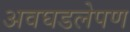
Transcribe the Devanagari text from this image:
अवघडलेपण